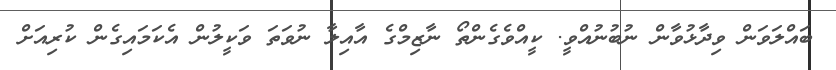
ބައްލަވަން ވިދާޅުވާން ނުބުނުއްވީ. ކީއްވެގެންތޯ ނާޒިމްގެ އާއިލާ ނުވަތަ ވަކީލުން އެކަމައިގެން ކުރިއަށް